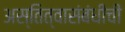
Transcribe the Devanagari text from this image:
अस्तित्वासंबंधीची